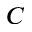
C